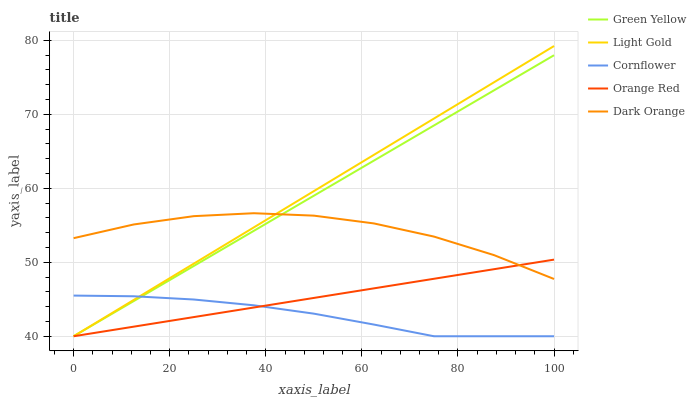
| xaxis_label | Green Yellow | Light Gold | Cornflower | Orange Red | Dark Orange |
 | --- | --- | --- | --- | --- | --- |
 | 0 | 40 | 40 | 45.5 | 40 | 53.3 |
 | 12.5 | 44.7 | 44.9 | 45.4 | 41.3 | 55.1 |
 | 25 | 49.5 | 49.8 | 45 | 42.6 | 56.2 |
 | 37.5 | 54.2 | 54.7 | 44.2 | 43.9 | 56.6 |
 | 50 | 59 | 59.6 | 43.1 | 45.2 | 56.3 |
 | 62.5 | 63.7 | 64.5 | 41.6 | 46.5 | 55.3 |
 | 75 | 68.5 | 69.4 | 40 | 47.8 | 53.5 |
 | 87.5 | 73.2 | 74.3 | 40 | 49.1 | 51 |
 | 100 | 78 | 79.2 | 40 | 50.4 | 47.7 |